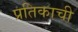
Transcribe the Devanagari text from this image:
प्रतिकाची